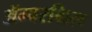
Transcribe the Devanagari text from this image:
ॲम्बरग्रिस